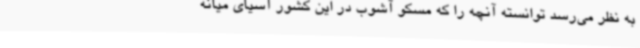
به نظر می‌رسد توانسته آنچه را که مسکو آشوب در این کشور آسیای میانه